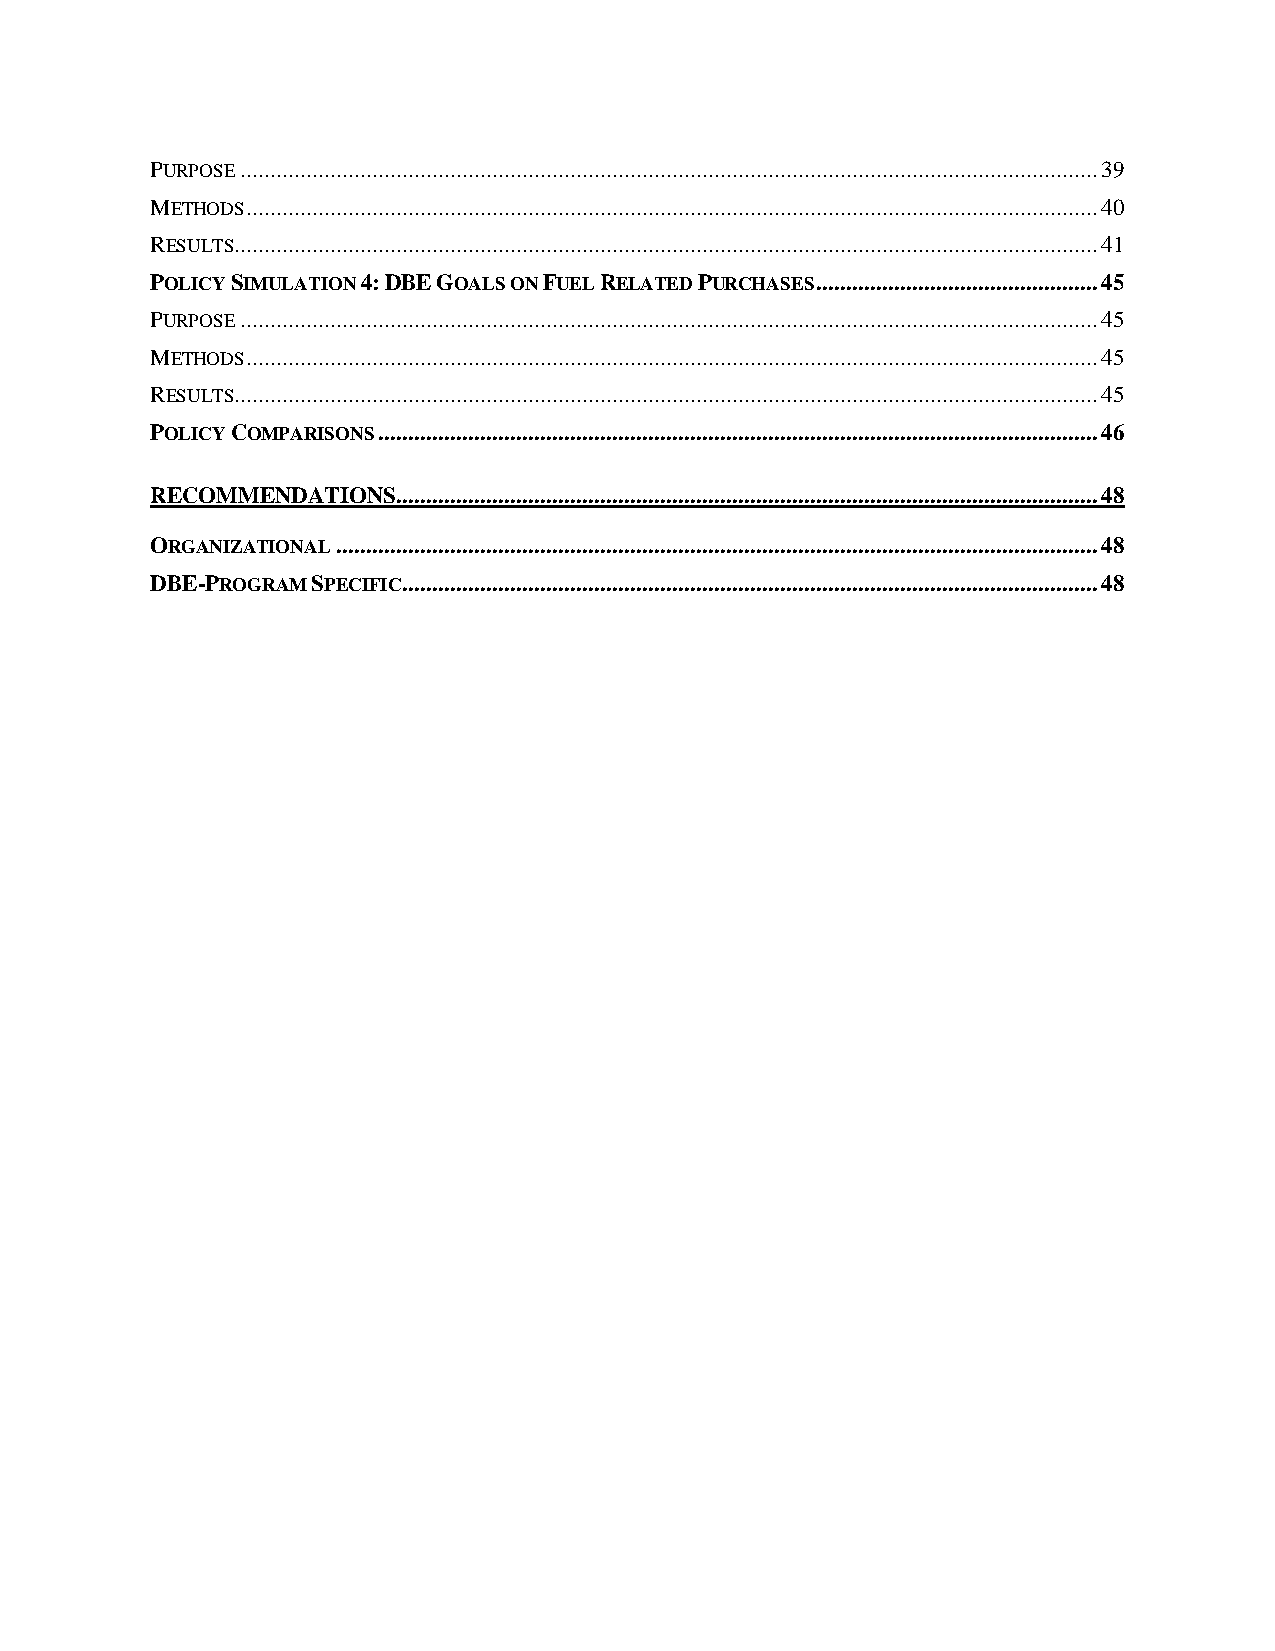
PURPOSE ............................................................................................................................................... 39
 METHODS .............................................................................................................................................. 40
 RESULTS................................................................................................................................................ 41
 POLICY SIMULATION 4: DBE GOALS ON FUEL RELATED PURCHASES ............................................... 45
 PURPOSE ............................................................................................................................................... 45
 METHODS .............................................................................................................................................. 45
 RESULTS................................................................................................................................................ 45
 POLICY COMPARISONS ........................................................................................................................ 46
 RECOMMENDATIONS ..................................................................................................................... 48
 ORGANIZATIONAL ............................................................................................................................... 48
 DBE-PROGRAM SPECIFIC .................................................................................................................... 48